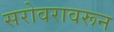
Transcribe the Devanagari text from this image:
सरोवरावरून